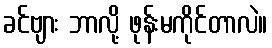
ခင်ဗျား ဘာလို့ ဖုန်းမကိုင်တာလဲ။